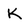
Character: K